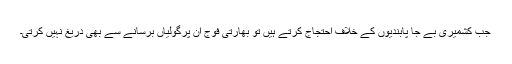
جب کشمیری بے جا پابندیوں کے خلاف احتجاج کرتے ہیں تو بھارتی فوج ان پرگولیاں برسانے سے بھی دریغ نہیں کرتی۔